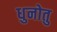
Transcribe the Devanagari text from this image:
धुनोतु